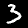
Digit: 3